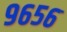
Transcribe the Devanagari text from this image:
९६५६